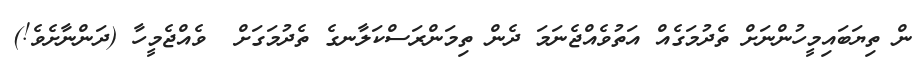
ން ތިޔަބައިމީހުންނަށް ތެދުމަގެއް އަތުވެއްޖެނަމަ ދެން ތިމަންރަސްކަލާނގެ ތެދުމަގަށް  ވެއްޖެމީހާ (ދަންނާށެވެ!)